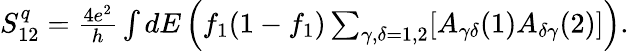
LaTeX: \begin{array}{r}{S_{12}^{q}=\frac{4e^{2}}{h}\int dE\left(f_{1}(1-f_{1})\sum_{\gamma,\delta=1,2}[A_{\gamma\delta}(1)A_{\delta\gamma}(2)]\right).}\end{array}